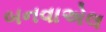
બનવાએલ